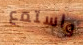
واستمع